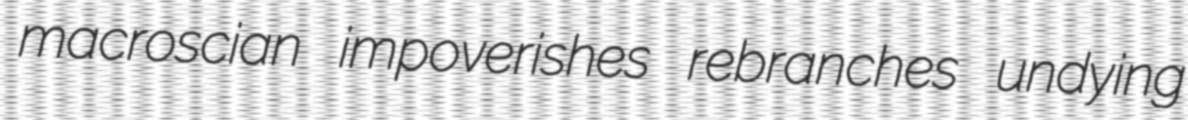
macroscian impoverishes rebranches undying